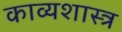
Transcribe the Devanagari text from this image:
काव्‍यशास्‍त्र